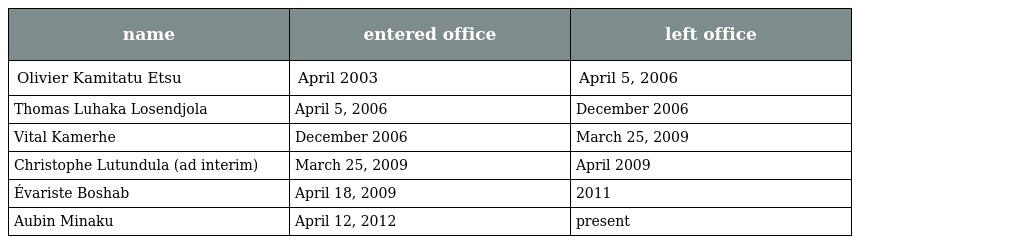
| name | entered office | left office |
 | --- | --- | --- |
 | Olivier Kamitatu Etsu | April 2003 | April 5, 2006 |
 | Thomas Luhaka Losendjola | April 5, 2006 | December 2006 |
 | Vital Kamerhe | December 2006 | March 25, 2009 |
 | Christophe Lutundula (ad interim) | March 25, 2009 | April 2009 |
 | Évariste Boshab | April 18, 2009 | 2011 |
 | Aubin Minaku | April 12, 2012 | present |